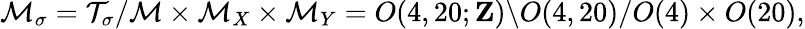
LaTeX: {\cal M}_{\sigma}={\cal T}_{\sigma}/{\cal M}\times{\cal M}_{X}\times{\cal M}_{Y}=O(4,20;{\mathbf Z})\backslash O(4,20)/O(4)\times O(20),